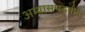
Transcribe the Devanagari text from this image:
अभ्यासपद्धतीत